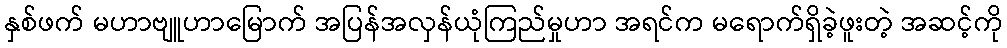
နှစ်ဖက် မဟာဗျူဟာမြောက် အပြန်အလှန်ယုံကြည်မှုဟာ အရင်က မရောက်ရှိခဲ့ဖူးတဲ့ အဆင့်ကို